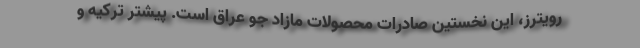
رویترز، این نخستین صادرات محصولات مازاد جو عراق است. پیشتر ترکیه و